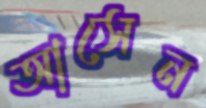
আসেন